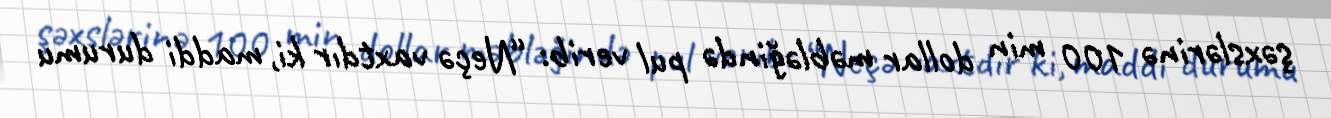
şəxslərinə 100 min dollar məbləğində pul verib: “Neçə vaxtdır ki, maddi durumu